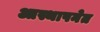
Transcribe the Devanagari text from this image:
आस्थापनेत